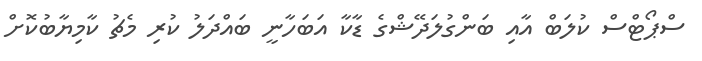
ސްޕޯޓްސް ކުލަބް އާއި ބަންގުލަދޭޝްގެ ޑާކާ އަބަހާނީ ބައްދަލު ކުރި މެޗު ކާމިޔާބުކޮށް